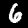
Label: 6